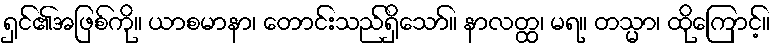
ရှင်၏အဖြစ်ကို။ ယာစမာနာ၊ တောင်းသည်ရှိသော်။ နာလတ္ထ၊ မရ။ တသ္မာ၊ ထိုကြောင့်။